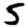
Digit: 5